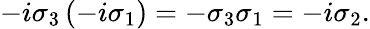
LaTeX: \begin{array}{r}{-i\sigma_{3}\left(-i\sigma_{1}\right)=-\sigma_{3}\sigma_{1}=-i\sigma_{2}.}\end{array}